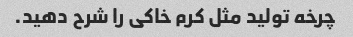
چرخه تولید مثل کرم خاکی را شرح دهید.